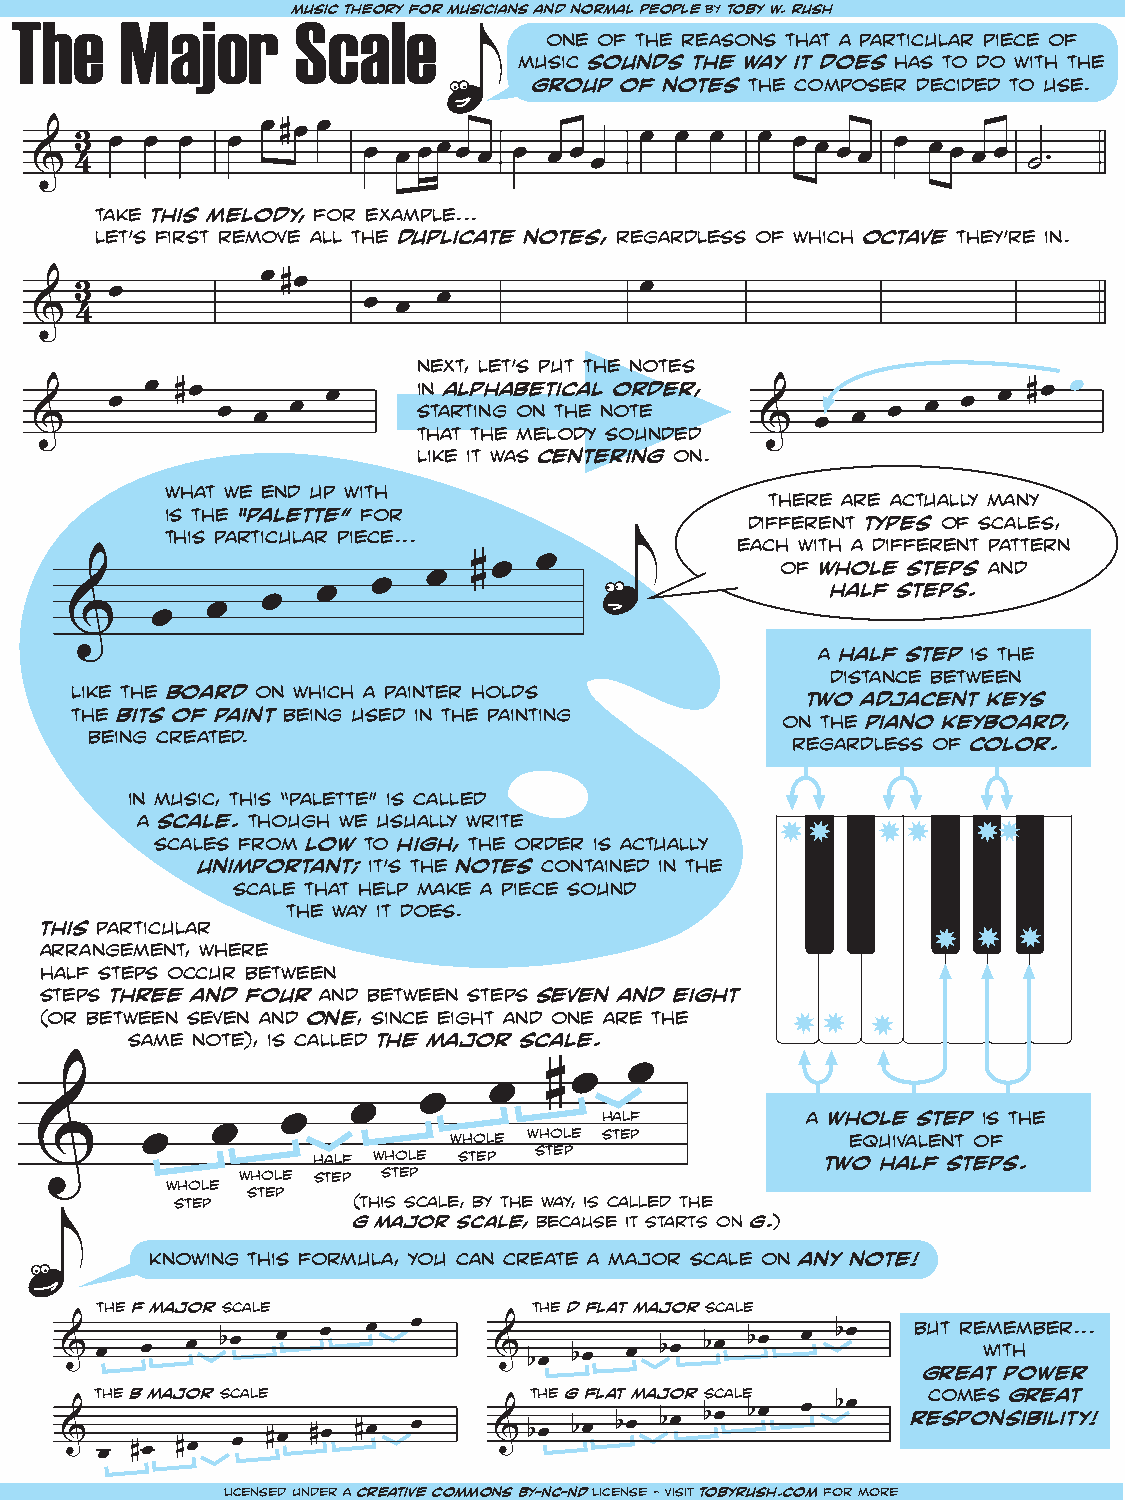
The    Major      mSusicc thaeorly efor musicians and normal people by toby w. rush
 one of the reasons that a particular piece of
 music sounds the way it does has to do with the
 group of notes the composer decided to use.
 &johaMinnn unseoettb eiabns toiGao kn mfbaaojcr oharnna magdalena bach, 1722
 43 œ œ œ  œ
 œ#œ œ
 œ œ œœœ œ œ œ œ œ œ  œ œ  œ  œ œ œ œ œ œ œ œ œ ˙.
 take this melody, for example...
 let’s first remove all the duplicate notes, regardless of which octave they’re in.
 &  43 œ
 œ#œ
 œ œ  œ            œ
 next, let’s put the notes
 œ  œ #œ œ œ œ  œ     i s tn ht a aa r tl t tp in hh g ea b o me n e t lt oic h dea y l n s oo otr ue nd de er d, œ œ œ œ œ œ #œ œ
 like it was centering on.
 what we end up with
 there are actually many
 is the “palette” for
 different types of scales,
 this particular piece...
 each with a different pattern
 œ               of whole steps and
 #œ
 œ
 œ                             half steps.
 œ
 œ
 œ
 œ
 a half step is the
 distance between
 like the board on which a painter holds
 two adjacent keys
 the bits of paint being used in the painting   on the piano keyboard,
 being created.
 regardless of color.
 in music, this “palette” is called
 a scale. though we usually write
 scales from low to high, the order is actually
 unimportant; it’s the notes contained in the
 scale that help make a piece sound
 the way it does.
 this particular
 arrangement, where
 half steps occur between
 steps three and four and between steps seven and eight
 (or between seven and one, since eight and one are the
 same note), is called the major scale.
 œ
 # œ
 œ
 œ
 œ                half         a whole step is the
 œ    œ          whole whole step          equivalent of
 œ           half whole step step              two half steps.
 whole step step
 whole
 step
 step       (this scale, by the way, is called the
 g major scale, because it starts on g.)
 knowing this formula, you can create a major scale on any note!
 the f major scale            the d flat major scale
 & œ  œ  œ  bœ œ  œ  œ  œ     & bœ bœ œ  bœ bœ bœ œ bœ    b gu rt er ae w tm ite phm ob we er r...
 the b major scale            the g flat major scale    comes great
 & œ  #œ #œ œ  #œ #œ #œ œ     & bœ bœ bœ bœ bœ bœ œ bœ   responsibility!
 licensed under a creative commons BY-NC-ND license - visit tobyrush.com for more